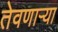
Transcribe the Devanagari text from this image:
तेवणाऱ्या